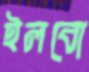
ইলবো